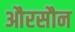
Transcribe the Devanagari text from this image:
औरसौन